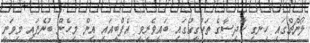
ލޯންޗްގައި ހިނގި ހާދިސާގެ ތަހުގީގުގައި ބައިވެރިވި އެފްބީއައި އިން މިހެން ބުނެފައި މިވަނީ